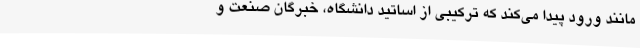
مانند ورود پیدا می‌کند که ترکیبی از اساتید دانشگاه، خبرگان صنعت و